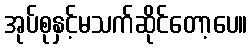
အုပ်စုနှင့်မသက်ဆိုင်တော့ပေ။